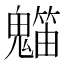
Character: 𥶯